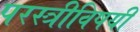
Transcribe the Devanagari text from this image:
परस्त्रीविषयी